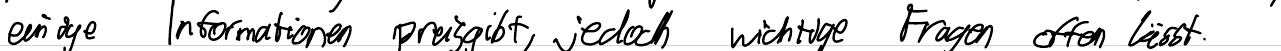
einige Informationen preisgibt, jedoch wichtige Fragen offen lässt.